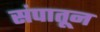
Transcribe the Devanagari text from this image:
संपातून